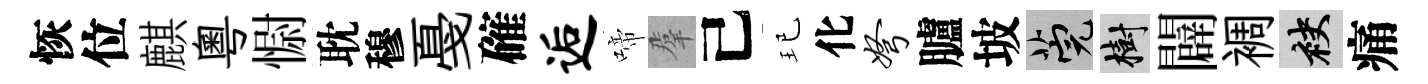
恢位麒粵𢠢耽穆戞確逅啼羣己玘化弩臚坡筦樹闢裯袂痛